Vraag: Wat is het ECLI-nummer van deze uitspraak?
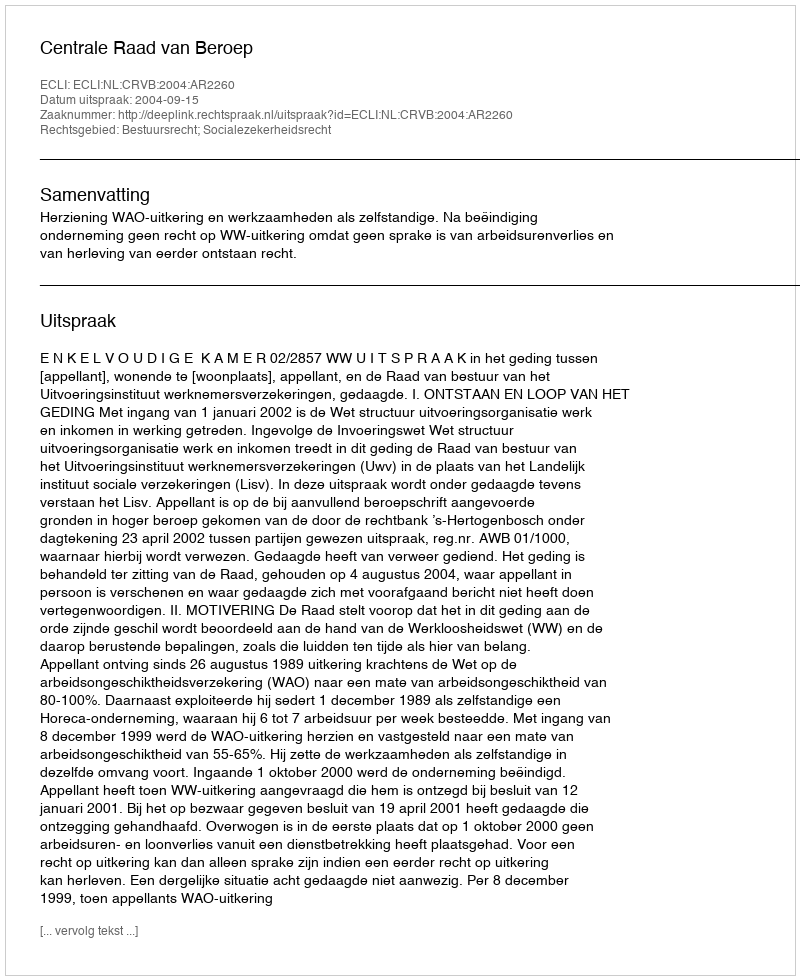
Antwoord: ECLI:NL:CRVB:2004:AR2260